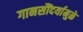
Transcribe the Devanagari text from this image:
गानसौंदर्यामुळे